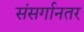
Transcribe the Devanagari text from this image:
संसर्गानतर